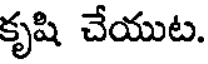
కృషి చేయుట.